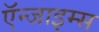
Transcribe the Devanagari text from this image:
ऍन्जाइम्स